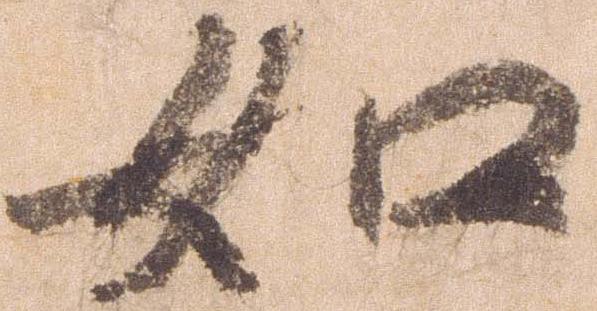
如